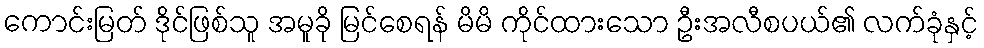
ကောင်းမြတ် ဒိုင်ဖြစ်သူ အမူခို မြင်စေရန် မိမိ ကိုင်ထားသော ဦးအလီစပယ်၏ လက်ခုံနှင့်